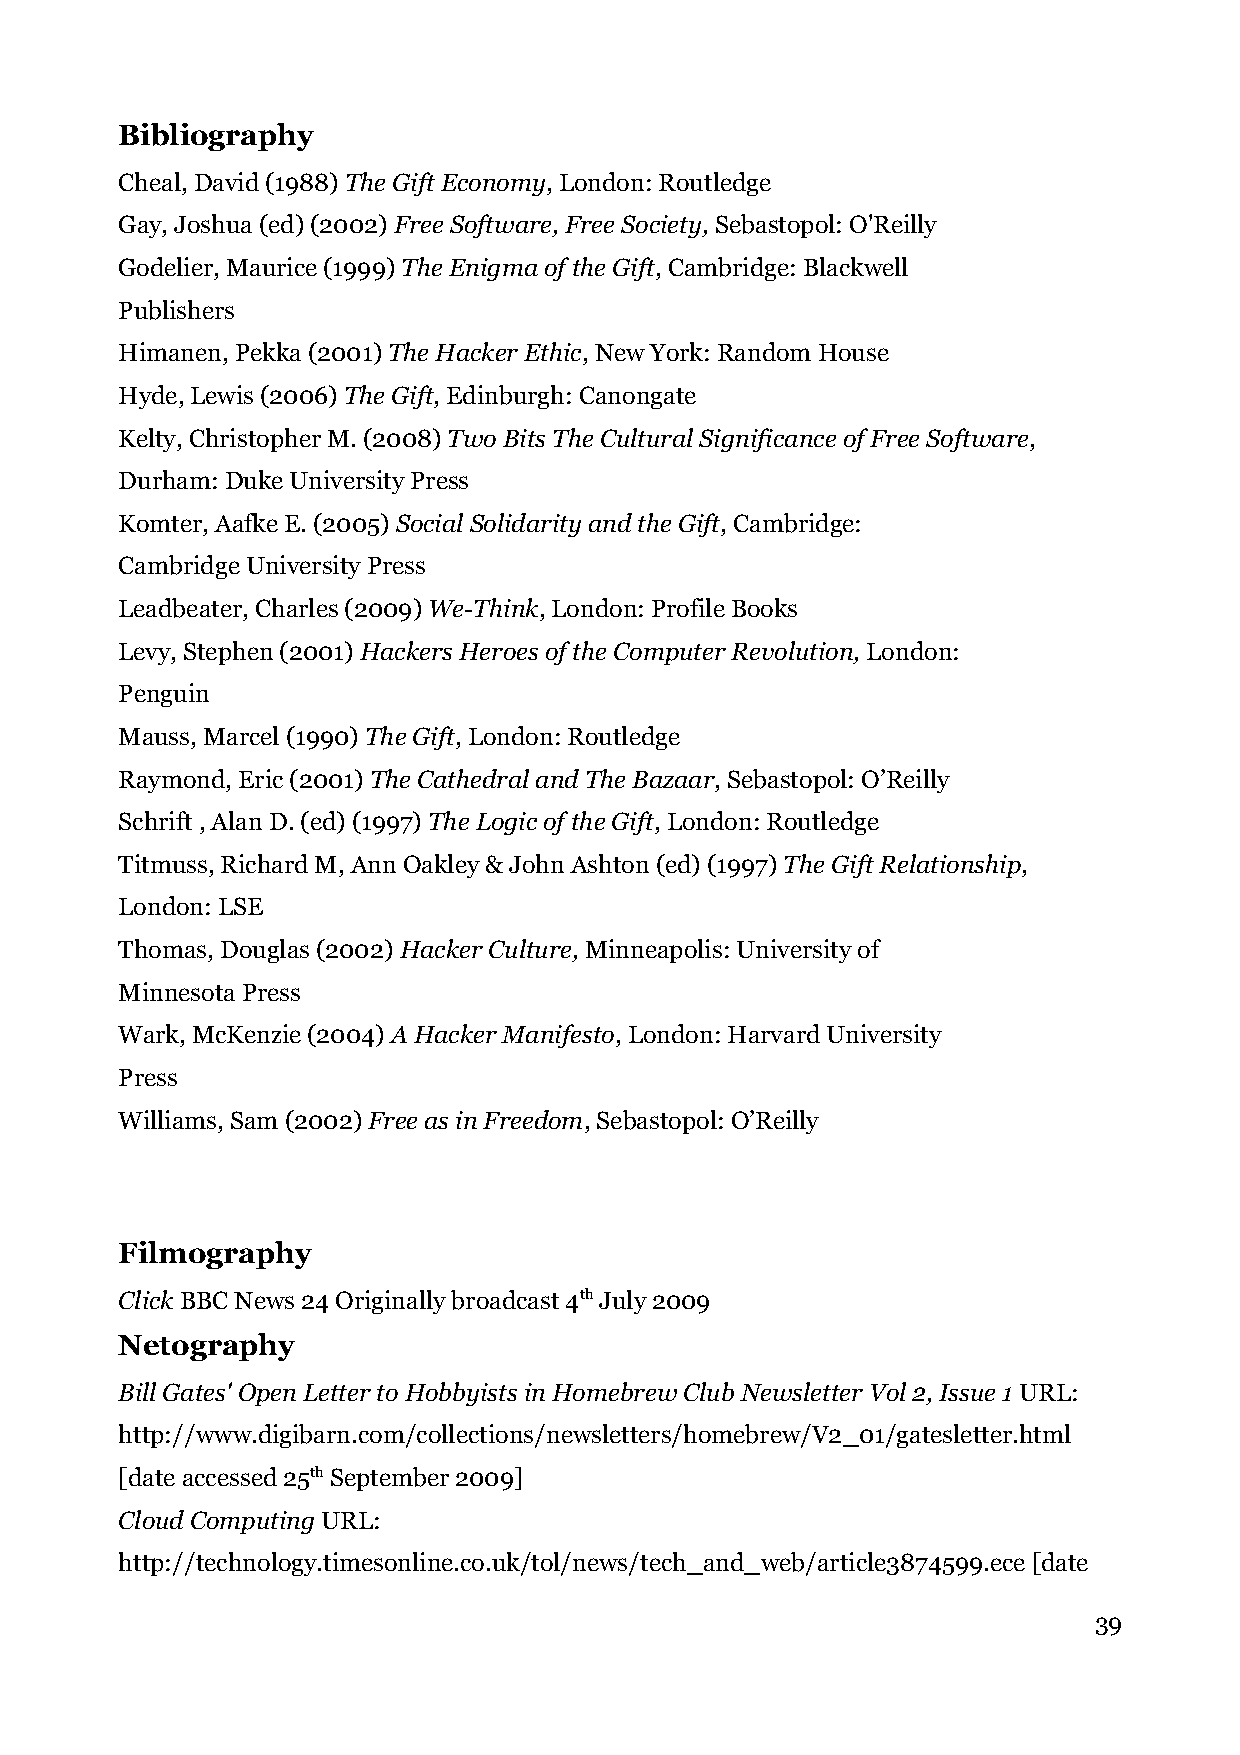
Bibliography
 Cheal, David (1988) The Gift Economy, London: Routledge
 Gay, Joshua (ed) (2002) Free Software, Free Society, Sebastopol: O'Reilly
 Godelier, Maurice (1999) The Enigma of the Gift, Cambridge: Blackwell
 Publishers
 Himanen, Pekka (2001) The Hacker Ethic, New York: Random House
 Hyde, Lewis (2006) The Gift, Edinburgh: Canongate
 Kelty, Christopher M. (2008) Two Bits The Cultural Significance of Free Software,
 Durham: Duke University Press
 Komter, Aafke E. (2005) Social Solidarity and the Gift, Cambridge:
 Cambridge University Press
 Leadbeater, Charles (2009) We-Think, London: Profile Books
 Levy, Stephen (2001) Hackers Heroes of the Computer Revolution, London:
 Penguin
 Mauss, Marcel (1990) The Gift, London: Routledge
 Raymond, Eric (2001) The Cathedral and The Bazaar, Sebastopol: O’Reilly
 Schrift , Alan D. (ed) (1997) The Logic of the Gift, London: Routledge
 Titmuss, Richard M, Ann Oakley & John Ashton (ed) (1997) The Gift Relationship,
 London: LSE
 Thomas, Douglas (2002) Hacker Culture, Minneapolis: University of
 Minnesota Press
 Wark, McKenzie (2004) A Hacker Manifesto, London: Harvard University
 Press
 Williams, Sam (2002) Free as in Freedom, Sebastopol: O’Reilly
 Filmography
 Click BBC News 24 Originally broadcast 4th July 2009
 Netography
 Bill Gates' Open Letter to Hobbyists in Homebrew Club Newsletter Vol 2, Issue 1 URL:
 http://www.digibarn.com/collections/newsletters/homebrew/V2_01/gatesletter.html
 [date accessed 25th September 2009]
 Cloud Computing URL:
 http://technology.timesonline.co.uk/tol/news/tech_and_web/article3874599.ece [date
 39